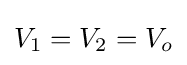
V_{1}=V_{2}=V_{o}